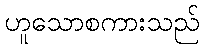
ဟူသောစကားသည်